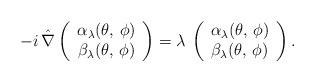
LaTeX: \begin{align*} -i\,\hat{\nabla} \left(\begin{array}{c} \alpha_\lambda (\theta,\, \phi) \\ \beta_\lambda (\theta,\, \phi) \end{array}\right) = \lambda\, \left(\begin{array}{c} \alpha_\lambda (\theta,\, \phi) \\ \beta_\lambda (\theta,\, \phi) \end{array}\right).\end{align*}